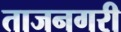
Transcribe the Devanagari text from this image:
ताजनगरी